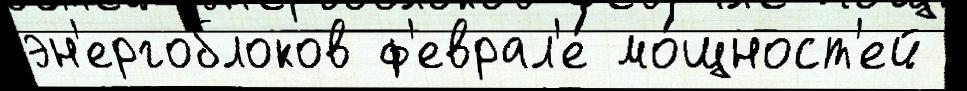
эн'ергоблоков ф'еврал'е́ мо́щност'ей